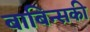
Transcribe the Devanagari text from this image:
बाबिन्सकी